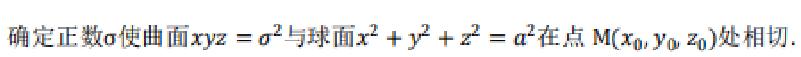
确定正数$a$使曲面$xyz = a^{2}$与球面$x^{2}+y^{2}+z^{2}=a^{2}$在点$M(x_{0},y_{0},z_{0})$处相切.